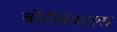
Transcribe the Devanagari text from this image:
बोरीबंदरला